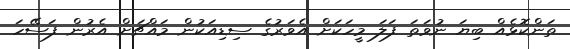
ތަންކޮޅެއް ބިޔަ ނުވަތަ ފަލަ މީހަކަށް އެވަރުގެ ސިޑިއަކުން މައްޗަށް އެރުން ފަސޭހަ